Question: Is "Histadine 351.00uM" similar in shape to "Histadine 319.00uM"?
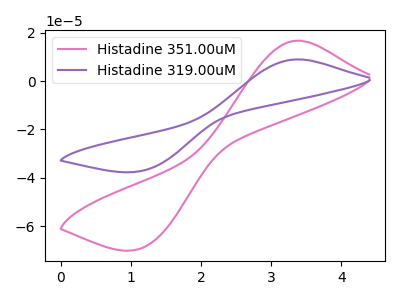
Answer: <think>The pink curve "Histadine 351.00uM" has an anodic peak at (3.40V, 16.75uA) and a cathodic peak at (1.15V, -69.10uA). The purple curve "Histadine 319.00uM" has an anodic peak at (3.40V, 9.00uA) and a cathodic peak at (1.15V, -37.15uA).
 All the peaks in "Histadine 351.00uM" have a peak in "Histadine 319.00uM" at the same potential. Every peak in "Histadine 351.00uM" is higher than every peak in "Histadine 319.00uM".</think>
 <answer>"Histadine 351.00uM" and "Histadine 319.00uM" are similar in shape.</answer>
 <eval>same_shape</eval>